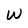
Character: w